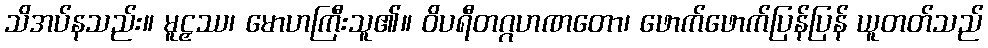
သိအပ်နသည်း။ မူဠှဿ၊ မောဟကြီးသူ၏။ ဝိပရီတဂ္ဂဟဏတော၊ ဖောက်ဖောက်ပြန်ပြန် ယူတတ်သည်